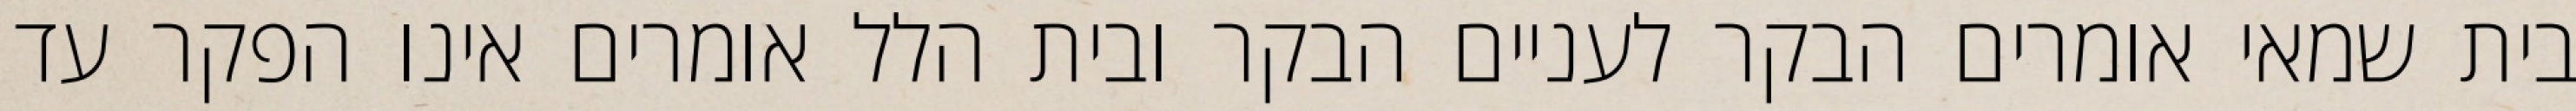
בית שמאי אומרים הבקר לעניים הבקר ובית הלל אומרים אינו הפקר עד